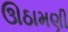
ઊઠામણી